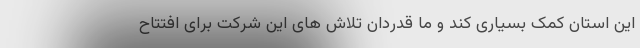
این استان کمک بسیاری کند و ما قدردان تلاش های این شرکت برای افتتاح